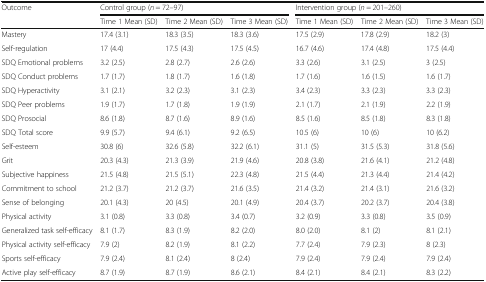
<table><thead><tr><td rowspan="2"><b>Outcome</b></td><td colspan="3"><b>Control group (<i>n</i> = 72–97)</b></td><td colspan="3"><b>Intervention group (<i>n</i> = 201–260)</b></td></tr><tr><td><b>Time 1 Mean (SD)</b></td><td><b>Time 2 Mean (SD)</b></td><td><b>Time 3 Mean (SD)</b></td><td><b>Time 1 Mean (SD)</b></td><td><b>Time 2 Mean (SD)</b></td><td><b>Time 3 Mean (SD)</b></td></tr></thead><tbody><tr><td>Mastery</td><td>17.4 (3.1)</td><td>18.3 (3.5)</td><td>18.3 (3.6)</td><td>17.5 (2.9)</td><td>17.8 (2.9)</td><td>18.2 (3)</td></tr><tr><td>Self-regulation</td><td>17 (4.4)</td><td>17.5 (4.3)</td><td>17.5 (4.5)</td><td>16.7 (4.6)</td><td>17.4 (4.8)</td><td>17.5 (4.4)</td></tr><tr><td>SDQ Emotional problems</td><td>3.2 (2.5)</td><td>2.8 (2.7)</td><td>2.6 (2.6)</td><td>3.3 (2.6)</td><td>3.1 (2.5)</td><td>3 (2.5)</td></tr><tr><td>SDQ Conduct problems</td><td>1.7 (1.7)</td><td>1.8 (1.7)</td><td>1.6 (1.8)</td><td>1.7 (1.6)</td><td>1.6 (1.5)</td><td>1.6 (1.7)</td></tr><tr><td>SDQ Hyperactivity</td><td>3.1 (2.1)</td><td>3.2 (2.3)</td><td>3.1 (2.3)</td><td>3.4 (2.3)</td><td>3.3 (2.3)</td><td>3.3 (2.3)</td></tr><tr><td>SDQ Peer problems</td><td>1.9 (1.7)</td><td>1.7 (1.8)</td><td>1.9 (1.9)</td><td>2.1 (1.7)</td><td>2.1 (1.9)</td><td>2.2 (1.9)</td></tr><tr><td>SDQ Prosocial</td><td>8.6 (1.8)</td><td>8.7 (1.6)</td><td>8.9 (1.6)</td><td>8.5 (1.6)</td><td>8.5 (1.8)</td><td>8.3 (1.8)</td></tr><tr><td>SDQ Total score</td><td>9.9 (5.7)</td><td>9.4 (6.1)</td><td>9.2 (6.5)</td><td>10.5 (6)</td><td>10 (6)</td><td>10 (6.2)</td></tr><tr><td>Self-esteem</td><td>30.8 (6)</td><td>32.6 (5.8)</td><td>32.2 (6.1)</td><td>31.1 (5)</td><td>31.5 (5.3)</td><td>31.8 (5.6)</td></tr><tr><td>Grit</td><td>20.3 (4.3)</td><td>21.3 (3.9)</td><td>21.9 (4.6)</td><td>20.8 (3.8)</td><td>21.6 (4.1)</td><td>21.2 (4.8)</td></tr><tr><td>Subjective happiness</td><td>21.5 (4.8)</td><td>21.5 (5.1)</td><td>22.3 (4.8)</td><td>21.5 (4.4)</td><td>21.3 (4.4)</td><td>21.4 (4.2)</td></tr><tr><td>Commitment to school</td><td>21.2 (3.7)</td><td>21.2 (3.7)</td><td>21.6 (3.5)</td><td>21.4 (3.2)</td><td>21.4 (3.1)</td><td>21.6 (3.2)</td></tr><tr><td>Sense of belonging</td><td>20.1 (4.3)</td><td>20 (4.5)</td><td>20.1 (4.9)</td><td>20.4 (3.7)</td><td>20.2 (3.7)</td><td>20.4 (3.8)</td></tr><tr><td>Physical activity</td><td>3.1 (0.8)</td><td>3.3 (0.8)</td><td>3.4 (0.7)</td><td>3.2 (0.9)</td><td>3.3 (0.8)</td><td>3.5 (0.9)</td></tr><tr><td>Generalized task self-efficacy</td><td>8.1 (1.7)</td><td>8.3 (1.9)</td><td>8.2 (2.0)</td><td>8.0 (2.0)</td><td>8.1 (2)</td><td>8.1 (2.1)</td></tr><tr><td>Physical activity self-efficacy</td><td>7.9 (2)</td><td>8.2 (1.9)</td><td>8.1 (2.2)</td><td>7.7 (2.4)</td><td>7.9 (2.3)</td><td>8 (2.3)</td></tr><tr><td>Sports self-efficacy</td><td>7.9 (2.4)</td><td>8.1 (2.4)</td><td>8 (2.4)</td><td>7.9 (2.4)</td><td>7.9 (2.4)</td><td>7.9 (2.4)</td></tr><tr><td>Active play self-efficacy</td><td>8.7 (1.9)</td><td>8.7 (1.9)</td><td>8.6 (2.1)</td><td>8.4 (2.1)</td><td>8.4 (2.1)</td><td>8.3 (2.2)</td></tr></tbody></table>